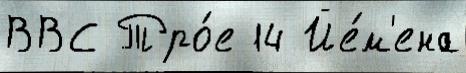
ВВС Тро́е 14 Йе́м'ена